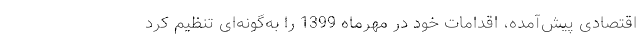
اقتصادی پیش‌آمده، اقدامات خود در مهرماه 1399 را به‌گونه‌ای تنظیم کرد